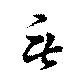
無